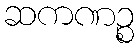
ဆကဏဉ္စ